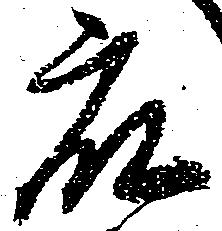
衆